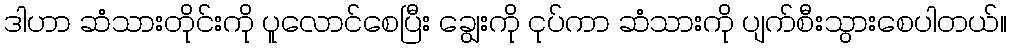
ဒါဟာ ဆံသားတိုင်းကို ပူလောင်စေပြီး ချွေးကို ငုပ်ကာ ဆံသားကို ပျက်စီးသွားစေပါတယ်။